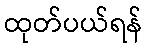
ထုတ်ပယ်ရန်